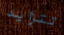
تتزايد